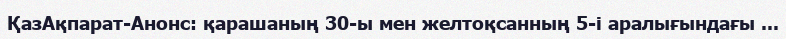
ҚазАқпарат-Анонс: қарашаның 30-ы мен желтоқсанның 5-і аралығындағы ...